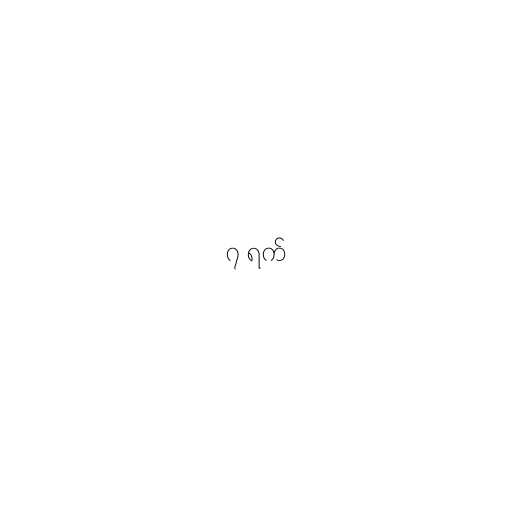
၇ ရက်